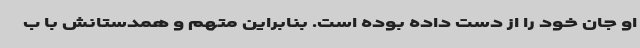
او جان خود را از دست داده بوده است. بنابراین متهم و همدستانش با ب